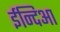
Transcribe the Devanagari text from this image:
ईन्दिआ